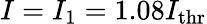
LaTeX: I=I_{\mathrm{1}}=1.08I_{\mathrm{thr}}